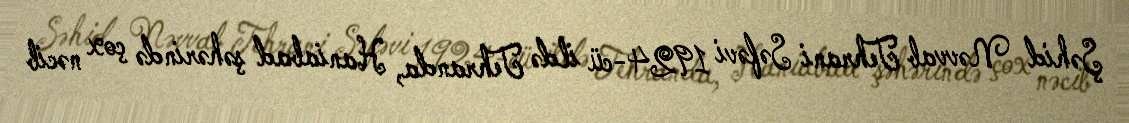
Şəhid Nəvvab Tehrani Səfəvi 1924-cü ildə Tehranda, Haniabad şəhərində çox nəcib